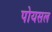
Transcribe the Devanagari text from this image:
पोयसल